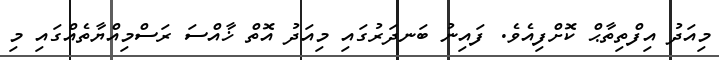
މިއަދު އިފްތިތާޙް ކޮށްފިއެވެ. ފައިނު ބަނދަރުގައި މިއަދު އޮތް ޚާއްސަ ރަސްމިއްޔާތެއްގައި މި